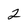
Character: 2